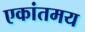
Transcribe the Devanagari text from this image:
एकांतमय